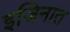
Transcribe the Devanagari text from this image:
इजिनात